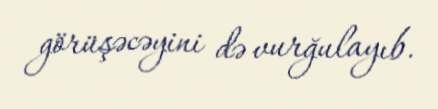
görüşəcəyini də vurğulayıb.